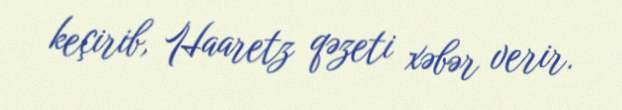
keçirib, Haaretz qəzeti xəbər verir.